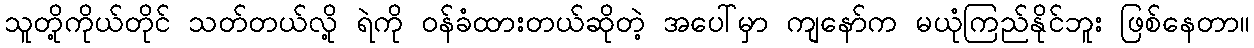
သူတို့ကိုယ်တိုင် သတ်တယ်လို့ ရဲကို ဝန်ခံထားတယ်ဆိုတဲ့ အပေါ်မှာ ကျနော်က မယုံကြည်နိုင်ဘူး ဖြစ်နေတာ။